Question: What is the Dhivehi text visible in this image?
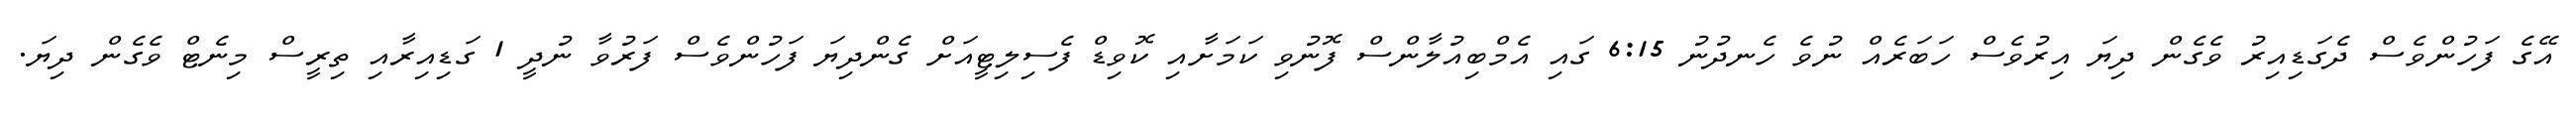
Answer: އޭގެ ފަހުންވެސް ދެގަޑިއިރު ވެގެން ދިޔަ އިރުވެސް ހަބަރެއް ނުވެ ހެނދުނު 6:15 ގައި އެމްބިއުލާންސް ފޮނުވި ކަމަށާއި ކޮވިޑް ފެސިލިޓީއަށް ގެންދިޔަ ފަހުންވެސް ފަރުވާ ނުދީ 1 ގަޑިއިރާއި ތިރީސް މިނެޓް ވެގެން ދިޔަ.